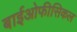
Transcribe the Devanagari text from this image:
बाईओफीसिकल